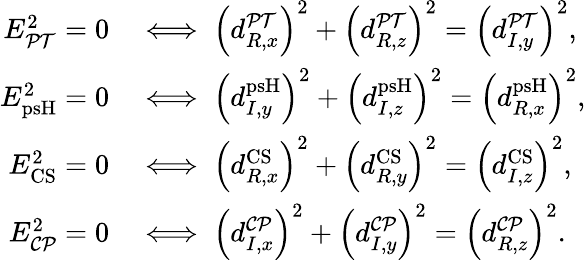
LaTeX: \begin{array}{rl}{E_{\mathcal{PT}}^{2}=0}&{\iff\left(d_{R,x}^{\mathcal{PT}}\right)^{2}+\left(d_{R,z}^{\mathcal{PT}}\right)^{2}=\left(d_{I,y}^{\mathcal{PT}}\right)^{2},}\\ {E_{\mathrm{psH}}^{2}=0}&{\iff\left(d_{I,y}^{\mathrm{psH}}\right)^{2}+\left(d_{I,z}^{\mathrm{psH}}\right)^{2}=\left(d_{R,x}^{\mathrm{psH}}\right)^{2},}\\ {E_{\mathrm{CS}}^{2}=0}&{\iff\left(d_{R,x}^{\mathrm{CS}}\right)^{2}+\left(d_{R,y}^{\mathrm{CS}}\right)^{2}=\left(d_{I,z}^{\mathrm{CS}}\right)^{2},}\\ {E_{\mathcal{CP}}^{2}=0}&{\iff\left(d_{I,x}^{\mathcal{CP}}\right)^{2}+\left(d_{I,y}^{\mathcal{CP}}\right)^{2}=\left(d_{R,z}^{\mathcal{CP}}\right)^{2}.}\end{array}